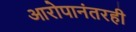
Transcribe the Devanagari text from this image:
आरोपानंतरही